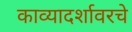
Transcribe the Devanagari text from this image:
काव्यादर्शावरचे